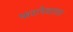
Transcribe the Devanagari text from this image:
फटनेवाला